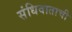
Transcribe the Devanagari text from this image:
संधिवाताची